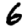
Digit: 6